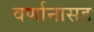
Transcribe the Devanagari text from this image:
वर्णानासह